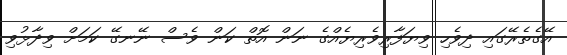
އޭގެތެރޭގައި ދިވެހި ވިޔަފާރިވެރިޔެއްގެ ނަން އޮތް ކަން ވެސް ނޭނގޭ ކަމަށް ވިދާޅުވި